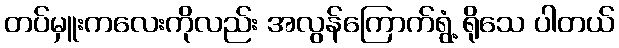
တပ်မှူးကလေးကိုလည်း အလွန်ကြောက်ရွံ့ ရိုသေ ပါတယ်